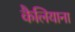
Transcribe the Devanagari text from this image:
कैलियाना